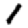
Digit: 1